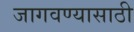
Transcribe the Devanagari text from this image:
जागवण्यासाठी